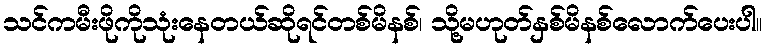
သင်ကမီးဖိုကိုသုံးနေတယ်ဆိုရင်တစ်မိနစ်၊ သို့မဟုတ်နှစ်မိနစ်လောက်ပေးပါ။